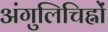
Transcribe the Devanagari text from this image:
अंगुलिचिह्नों